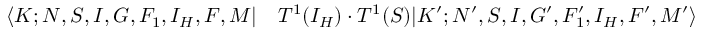
\begin{array} { r l } { \langle K ; N , S , I , G , F _ { 1 } , I _ { H } , F , M | } & { { } T ^ { 1 } ( I _ { H } ) \cdot T ^ { 1 } ( S ) | K ^ { \prime } ; N ^ { \prime } , S , I , G ^ { \prime } , F _ { 1 } ^ { \prime } , I _ { H } , F ^ { \prime } , M ^ { \prime } \rangle } \end{array}